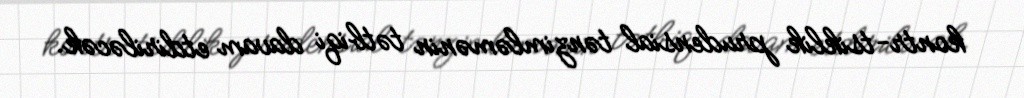
kontr-tsiklik prudensial tənzimləmənin tətbiqi davam etdiriləcək.